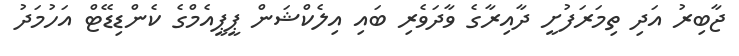
ޖާބިރު އަދި ތިމަރަފުށީ ދާއިރާގެ ވާދަވެރި ބައި އިލެކްޝަން ޕީޕީއެމްގެ ކެންޑިޑޭޓް އަހުމަދު